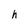
Character: h